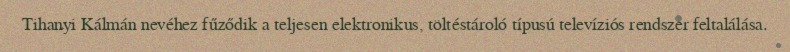
Tihanyi Kálmán nevéhez fűződik a teljesen elektronikus, töltéstároló típusú televíziós rendszer feltalálása.